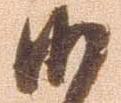
候